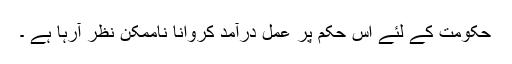
حکومت کے لئے اس حکم پر عمل درآمد کروانا ناممکن نظر آرہا ہے ۔